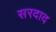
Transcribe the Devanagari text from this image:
सरदाद